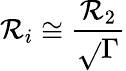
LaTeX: \mathcal{R}_{i}\cong\frac{{\mathcal{R}_{2}}}{{\sqrt{}{{\Gamma}}}}